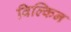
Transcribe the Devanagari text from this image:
विल्किन